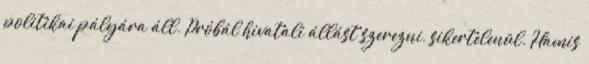
politikai pályára áll. Próbál hivatali állást szerezni, sikertelenül. Hamis